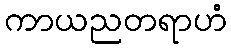
ကာယညတရာဟံ